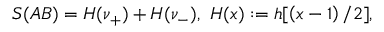
S ( A B ) = H ( \nu _ { + } ) + H ( \nu _ { - } ) , ~ H ( x ) : = h [ \left( x - 1 \right) / 2 ] ,